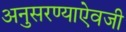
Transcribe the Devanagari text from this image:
अनुसरण्‍याऐवजी